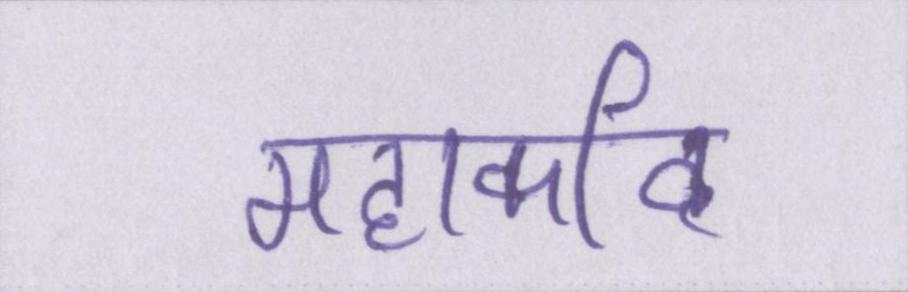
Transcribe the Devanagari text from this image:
महाकवि